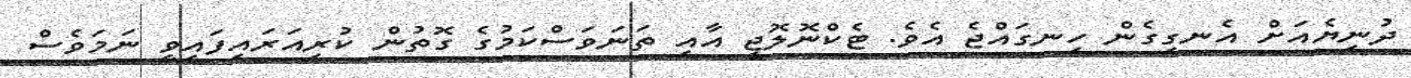
ދުނިޔެއަށް އެނގިގެން ހިނގައްޖެ އެވެ. ޓެކްނޮލޮޖީ އާއި ތަނަވަސްކަމުގެ ގޮތުން ކުރިއަރައިފައިވީ ނަމަވެސް